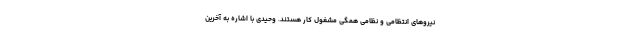
نیروهای انتظامی و نظامی همگی مشغول کار هستند. وحیدی با اشاره به آخرین